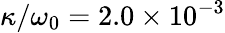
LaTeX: \kappa/\omega_{0}=2.0\times 10^{-3}